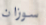
سوزان